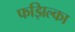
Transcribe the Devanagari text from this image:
फझिल्का